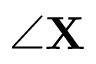
\angle \mathbf { X }